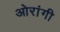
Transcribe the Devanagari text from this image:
ओरांगी